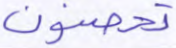
تحصنون